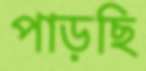
পাড়ছি